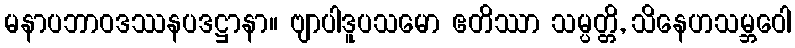
မနာပဘာဝဒဿနပဒဋ္ဌာနာ။ ဗျာပါဒူပသမော ဧတိဿာ သမ္ပတ္တိ, သိနေဟသမ္ဘဝေါ